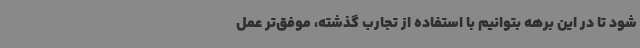
شود تا در این برهه بتوانیم با استفاده از تجارب گذشته، ‌موفق‌تر عمل